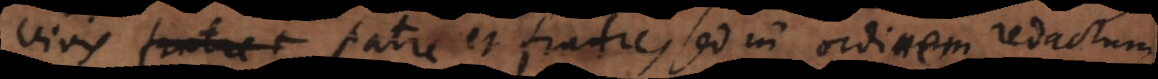
vivis patre et fratre, sed in ordinem redactum